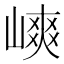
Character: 𡻯